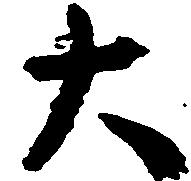
大